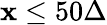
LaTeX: \mathbf{x}\leq50\Delta